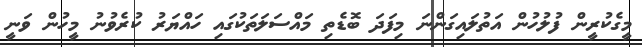
މީގެކުރީން ފުލުހުން އަތުލައިގަންނަ މިފަދަ ބޮޑެތި މައްސަލަތަކުގައި ހައްޔަރު ކުރެވުނު މީހުން ވަނީ